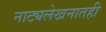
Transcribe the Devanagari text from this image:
नाट्यलेखनातही